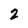
Character: 2